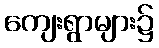
ကျေးရွာများ၌